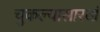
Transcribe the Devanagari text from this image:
चुकल्यासारखं